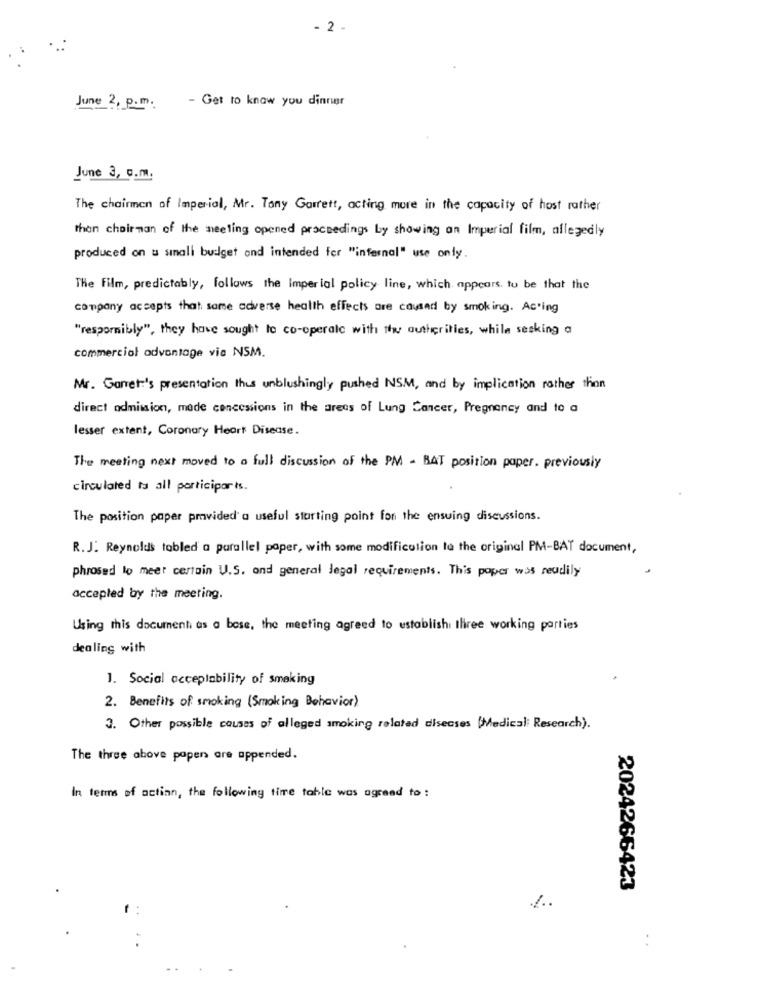
- 2 -
- Get to know you dinner
June 2, p.m.
June 3, g.m.
The chairman of Imperial, Mr. Tany Garrett, acting more in the capacity of host rather
than chairman of the meeting opened proceedings by showing an Imperial film, allegedly
produced on a small budget and intended for "infernal" use only.
The film, predictably, follows the imperial policy line, which appears to be that the
company accepts that same adverse health effects are caused by smoking. Ac'ing
"respornibly", they have sought to co-operate with the authorities, while sesking a
commercial advantage via NSM.
Mr. Garret:'s presentation Ihus unblushingly pushed NSM, and by implication rather than
direct odmission, mode concessions in the areas of Lung Cancer, Pregnancy and to a
lesser extent, Coronary Heart Disease.
The meeting next moved to a full discussion of the PM - BAT position paper. previously
circulated ta all participar is.
The position paper provided a useful starting point for the ensuing discussions.
R. J. Reynolds tobled a parallel paper, with some modification to the original PM-BAT document,
phrosed to meet certain U.S. and general legal requirements. This paper was readily
accepted by the meeting.
Using this document as a base, the meeting agreed to establish three working parties
dealing with
1. Social acceptability of smaking
2. Benefits of smoking ( Smoking Behavior)
3. Other possible causes of alleged smoking related diseases (Medical Research).
The three above papen are appended.
In terms of action, the following time tahle was agreed to :
2024266423
%.
..